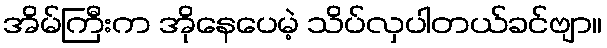
အိမ်ကြီးက အိုနေပေမဲ့ သိပ်လှပါတယ်ခင်ဗျာ။